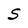
Character: S